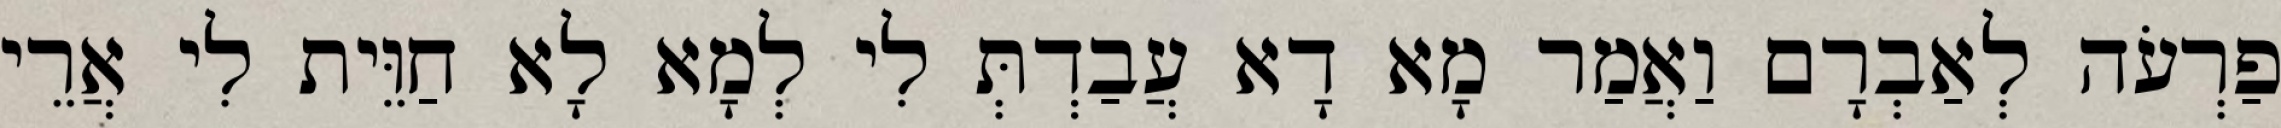
פַרְעֹה לְאַבְרָם וַאֲמַר מָא דָא עֲבַדְתְּ לִי לְמָא לָא חַוֵּית לִי אֲרֵי